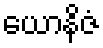
ယောနိဇံ